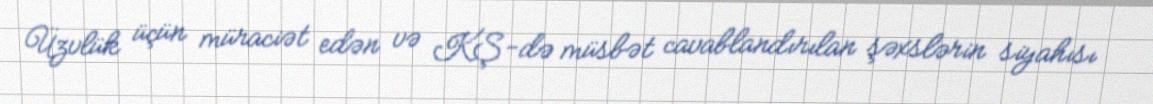
Üzvlük üçün müraciət edən və KŞ-də müsbət cavablandırılan şəxslərin siyahısı